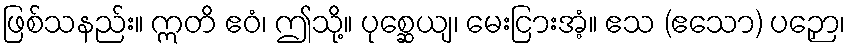
ဖြစ်သနည်း။ ဣတိ ဧဝံ၊ ဤသို့။ ပုစ္ဆေယျ၊ မေးငြားအံ့။ ဧသ (ဧသော) ပဉှော၊